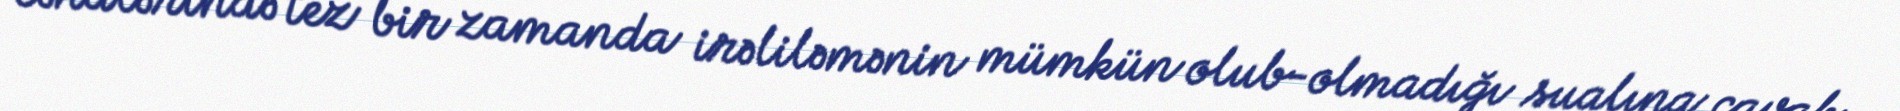
cəhdlərində tez bir zamanda irəliləmənin mümkün olub-olmadığı sualına cavab